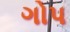
ગોપ